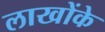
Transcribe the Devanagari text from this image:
लाखोंके